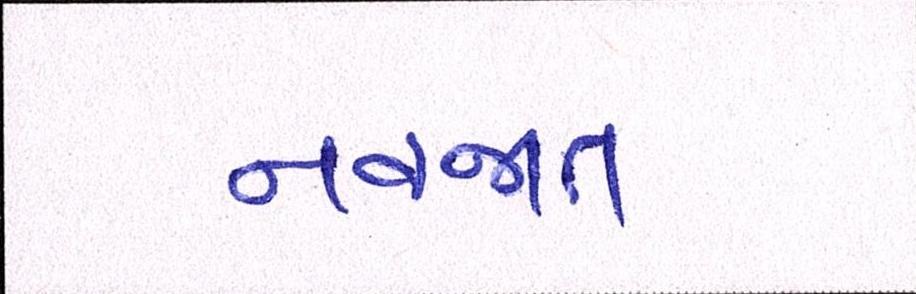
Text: નવજાત